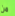
من